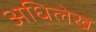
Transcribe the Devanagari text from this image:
अधिलेख